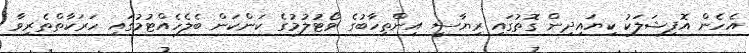
އެހެން އޮފިޝަލަކު ކިޔައިދިން ގޮތުގައި ރިޔާސީ އިންތިހާބުގެ ވޯޓުލުމުގެ ކަންކަން ބެލެހެއްޓުމުގައި ހަރަކާތްތެރިވާ